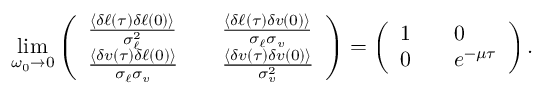
\operatorname* { l i m } _ { \omega _ { 0 } \to 0 } \left( \begin{array} { l l l } { \frac { \langle \delta \ell ( \tau ) \delta \ell ( 0 ) \rangle } { \sigma _ { \ell } ^ { 2 } } } & & { \frac { \langle \delta \ell ( \tau ) \delta v ( 0 ) \rangle } { \sigma _ { \ell } \sigma _ { v } } } \\ { \frac { \langle \delta v ( \tau ) \delta \ell ( 0 ) \rangle } { \sigma _ { \ell } \sigma _ { v } } } & & { \frac { \langle \delta v ( \tau ) \delta v ( 0 ) \rangle } { \sigma _ { v } ^ { 2 } } } \end{array} \right) = \left( \begin{array} { l l l } { 1 } & & { 0 } \\ { 0 } & & { e ^ { - \mu \tau } } \end{array} \right) .